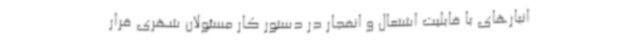
انبارهای با قابلیت اشتعال و انفجار در دستور کار مسئولان شهری قرار